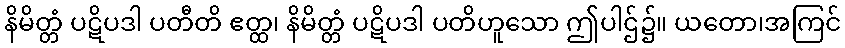
နိမိတ္တံ ပဋိပဒါ ပတီတိ ဧတ္ထ၊ နိမိတ္တံ ပဋိပဒါ ပတိဟူသော ဤပါဌ်၌။ ယတော၊အကြင်